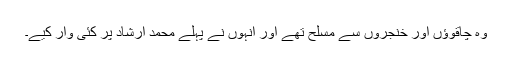
وہ چاقوؤں اور خنجروں سے مسلح تھے اور انہوں نے پہلے محمد ارشاد پر کئی وار کیے۔